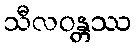
သီလဝန္တဿ